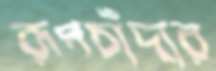
রূপচাঁদার